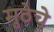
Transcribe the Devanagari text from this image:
मुठेचे